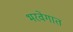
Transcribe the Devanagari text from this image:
भरवेगात